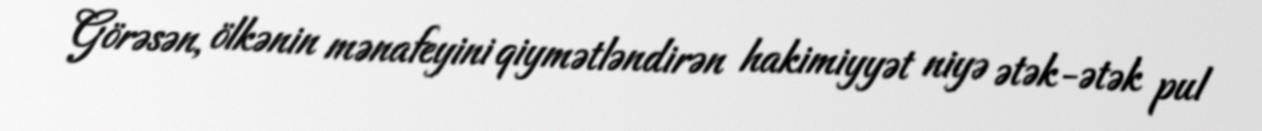
Görəsən, ölkənin mənafeyini qiymətləndirən hakimiyyət niyə ətək-ətək pul